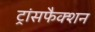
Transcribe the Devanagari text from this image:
ट्रांसफैक्शन